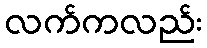
လက်ကလည်း